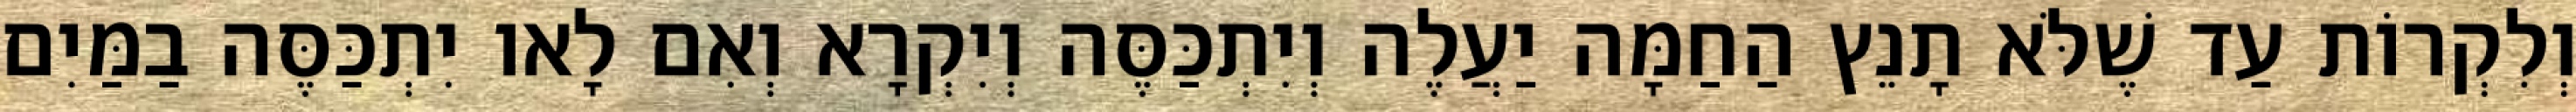
וְלִקְרוֹת עַד שֶׁלֹּא תָנֵץ הַחַמָּה יַעֲלֶה וְיִתְכַּסֶּה וְיִקְרָא וְאִם לָאו יִתְכַּסֶּה בַמַּיִם